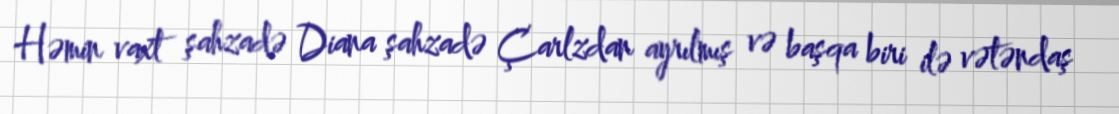
Həmin vaxt şahzadə Diana şahzadə Çarlzdan ayrılmış və başqa biri ilə vətəndaş